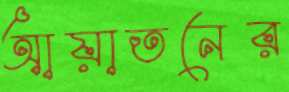
আয়াতনের